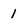
Character: 1